Development of the parasite of Indian kala azar - Number 53
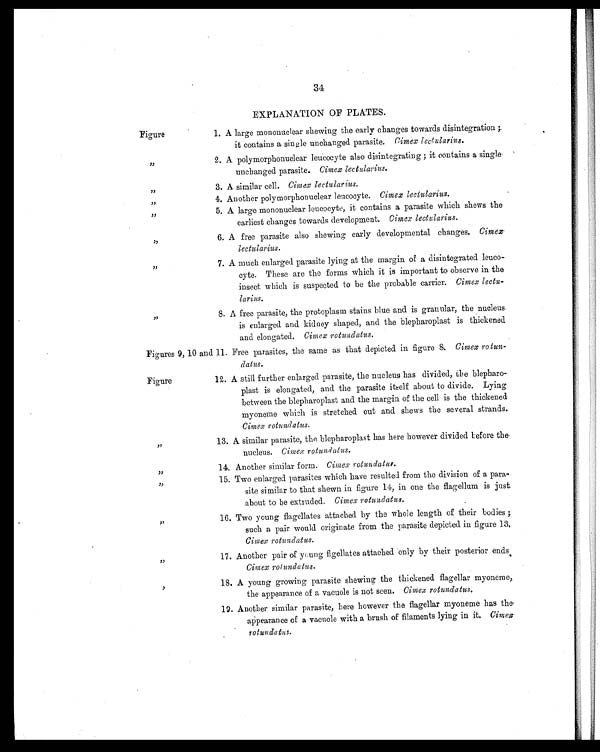
34
EXPLANATION OF PLATES.
Figure
1. A large mononuclear shewing the early changes towards disintegration;
it contains a single unchanged parasite. Cimex lectularius.
„
2. A polymorphonuclear leucocyte also disintegrating; it contains a single
unchanged parasite. Cimex lectularius.
„
3. A similar cell. Cimex lectularius.
„
4. Another polymorphonuclear leucocyte. Cimex lectularius.
„
5. A large mononuclear leucocyte, it contains a parasite which shews the
earliest changes towards development. Cimex lectularius.
„
6. A free parasite also shewing early developmental changes. Cimex
lectularius.
„
7. A much enlarged parasite lying at the margin of a disintegrated leuco-
cyte. These are the forms which it is important to observe in the
insect which is suspected to be the probable carrier. Cimex lectu-
larius.
„
8. A free parasite, the protoplasm stains blue and is granular, the nucleus
is enlarged and kidney shaped, and the blepharoplast is thickened
and elongated. Cimex rotundatus.
Figures 9, 10 and 11. Free parasites, the same as that depicted in figure 8. Cimex rotun-
datus.
Figure
12. A still further enlarged parasite, the nucleus has divided, the blepharo-
plast is elongated, and the parasite itself about to divide. Lying
between the blepharoplast and the margin of the cell is the thickened
myoneme which is stretched out and shews the several strands.
Cimex rotundatus.
„
13. A similar parasite, the blepharoplast has here however divided before the
nucleus. Cimex rotundatus.
„
14. Another similar form. Cimex rotundatus.
„
15. Two enlarged parasites which have resulted from the division of a para-
site similar to that shewn in figure 14, in one the flagellum is just
about to be extruded. Cimex rotundatus.
„
16. Two young flagellates attached by the whole length of their bodies;
such a pair would originate from the parasite depicted in figure 13.
Cimex rotundatus.
„
17. Another pair of young flgellates attached only by their posterior ends
Cimex rotundatus.
„
18. A young growing parasite shewing the thickened flagellar myoneme,
the appearance of a vacuole is not seen. Cimex rotundatus.
„
19. Another similar parasite, here however the flagellar myoneme has the
appearance of a vacuole with a brush of filaments lying in it. Cimex
rotundatus.